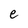
Character: e